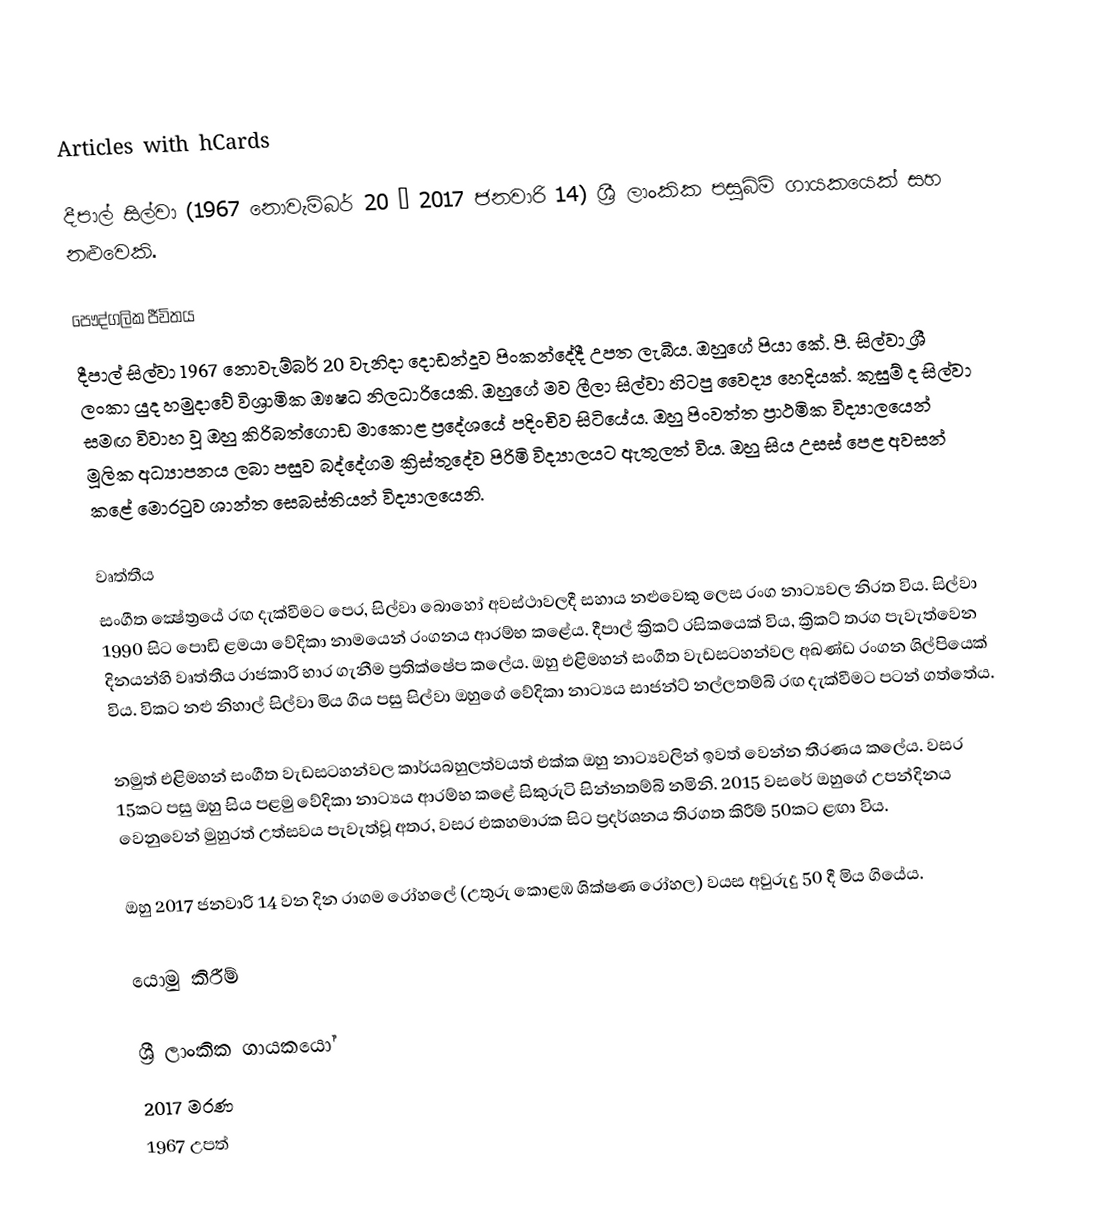
Articles with hCards

දීපාල් සිල්වා (1967 නොවැම්බර් 20 – 2017 ජනවාරි 14) ශ්‍රී ලාංකික පසුබිම් ගායකයෙක් සහ නළුවෙකි.

පෞද්ගලික ජීවිතය
දීපාල් සිල්වා 1967 නොවැම්බර් 20 වැනිදා දොඩන්දූව පිංකන්දේදී උපත ලැබීය. ඔහුගේ පියා කේ. පී. සිල්වා ශ්‍රී ලංකා යුද හමුදාවේ විශ්‍රාමික ඖෂධ නිලධාරියෙකි. ඔහුගේ මව ලීලා සිල්වා හිටපු වෛද්‍ය හෙදියක්. කුසුම් ද සිල්වා සමඟ විවාහ වූ ඔහු කිරිබත්ගොඩ මාකොළ ප්‍රදේශයේ පදිංචිව සිටියේය. ඔහු පිංවත්ත ප්‍රාථමික විද්‍යාලයෙන් මූලික අධ්‍යාපනය ලබා පසුව බද්දේගම ක්‍රිස්තුදේව පිරිමි විද්‍යාලයට ඇතුලත් විය. ඔහු සිය උසස් පෙළ අවසන් කළේ මොරටුව ශාන්ත සෙබස්තියන් විද්‍යාලයෙනි.

වෘත්තීය
සංගීත ක්‍ෂේත්‍රයේ රඟ දැක්වීමට පෙර, සිල්වා බොහෝ අවස්ථාවලදී සහාය නළුවෙකු ලෙස රංග නාට්‍යවල නිරත විය. සිල්වා 1990 සිට පොඩි ළමයා වේදිකා නාමයෙන් රංගනය ආරම්භ කළේය. දීපාල් ක්‍රිකට් රසිකයෙක් විය, ක්‍රිකට් තරග පැවැත්වෙන දිනයන්හි වෘත්තීය රාජකාරි භාර ගැනීම ප්‍රතික්ෂේප කලේය. ඔහු එළිමහන් සංගීත වැඩසටහන්වල අඛණ්ඩ රංගන ශිල්පියෙක් විය. විකට නළු නිහාල් සිල්වා මිය ගිය පසු සිල්වා ඔහුගේ වේදිකා නාට්‍යය සාජන්ට් නල්ලතම්බි රඟ දැක්වීමට පටන් ගත්තේය.

නමුත් එළිමහන් සංගීත වැඩසටහන්වල කාර්යබහුලත්වයත් එක්ක ඔහු නාට්‍යවලින් ඉවත් වෙන්න තීරණය කලේය. වසර 15කට පසු ඔහු සිය පළමු වේදිකා නාට්‍යය ආරම්භ කළේ සිකුරුටි සින්නතම්බි නමිනි. 2015 වසරේ ඔහුගේ උපන්දිනය වෙනුවෙන් මුහුරත් උත්සවය පැවැත්වූ අතර, වසර එකහමාරක සිට ප්‍රදර්ශනය තිරගත කිරීම් 50කට ළඟා විය.

ඔහු 2017 ජනවාරි 14 වන දින රාගම රෝහලේ (උතුරු කොළඹ ශික්ෂණ රෝහල) වයස අවුරුදු 50 දී මිය ගියේය.

යොමු කිරීම්

ශ්‍රී ලාංකික ගායකයෝ
2017 මරණ
1967 උපත්